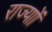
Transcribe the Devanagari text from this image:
राज्याों